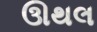
ઊથલ